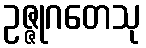
ဥဇ္ဇုဂတေသု